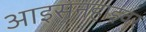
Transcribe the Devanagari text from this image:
आइसनहाइवर